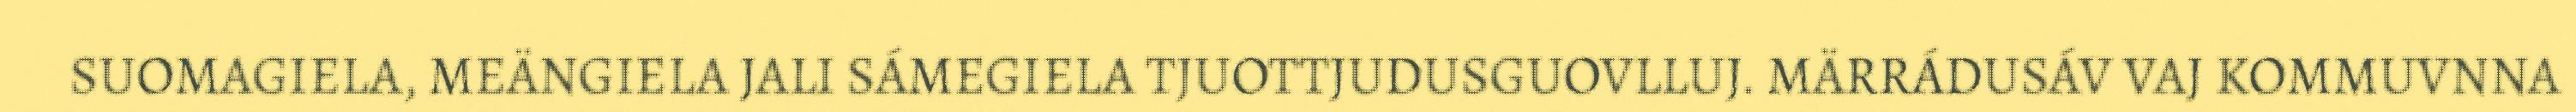
SUOMAGIELA, MEÄNGIELA JALI SÁMEGIELA TJUOTTJUDUSGUOVLLUJ. MÄRRÁDUSÁV VAJ KOMMUVNNA